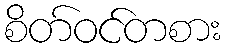
စိတ်ဝင်တစား